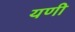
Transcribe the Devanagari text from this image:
यणी